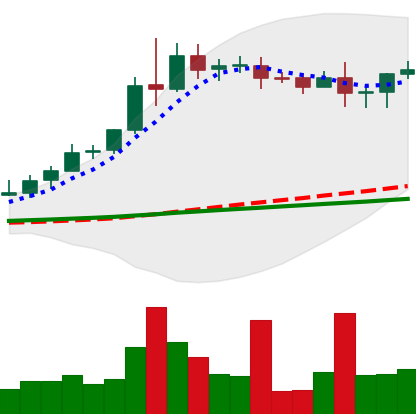
Ticker: XRP-USD
Chart end date: 2020-08-14
Forward return: -3.371%
Label: down_3_5